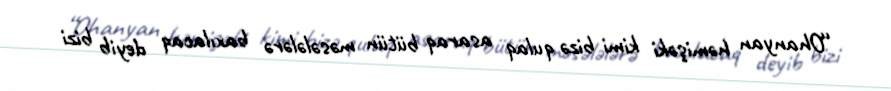
“Ohanyan həmişəki kimi bizə qulaq asaraq bütün məsələlərə baxılacaq deyib bizi